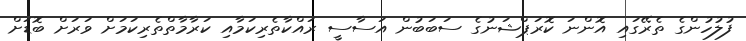
ފުލުހުންގެ ތެރޭގައި އޮންނަ ކޮރަޕްޝަނުގެ ސަބަބުން އަސާސީ ރައްކާތެރިކަމާއި ކަރާމާތްތެރިކަމަށް ވަރަށް ބޮޑަށް